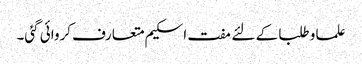
علما و طلبا کے لئے مفت اسکیم متعارف کروائی گئی۔